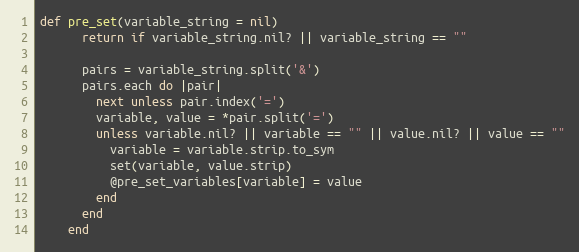
Language: Ruby
def pre_set(variable_string = nil)
      return if variable_string.nil? || variable_string == ""

      pairs = variable_string.split('&')
      pairs.each do |pair|
        next unless pair.index('=')
        variable, value = *pair.split('=')
        unless variable.nil? || variable == "" || value.nil? || value == ""
          variable = variable.strip.to_sym
          set(variable, value.strip)
          @pre_set_variables[variable] = value
        end
      end
    end